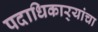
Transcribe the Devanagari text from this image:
पदाधिकार्‍यांचा